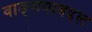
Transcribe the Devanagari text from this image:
वाङ्‌मयाबद्दल